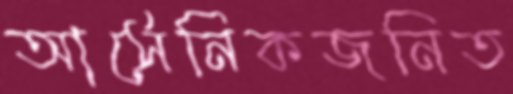
আর্সেনিকজনিত